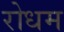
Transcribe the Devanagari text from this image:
रोधम